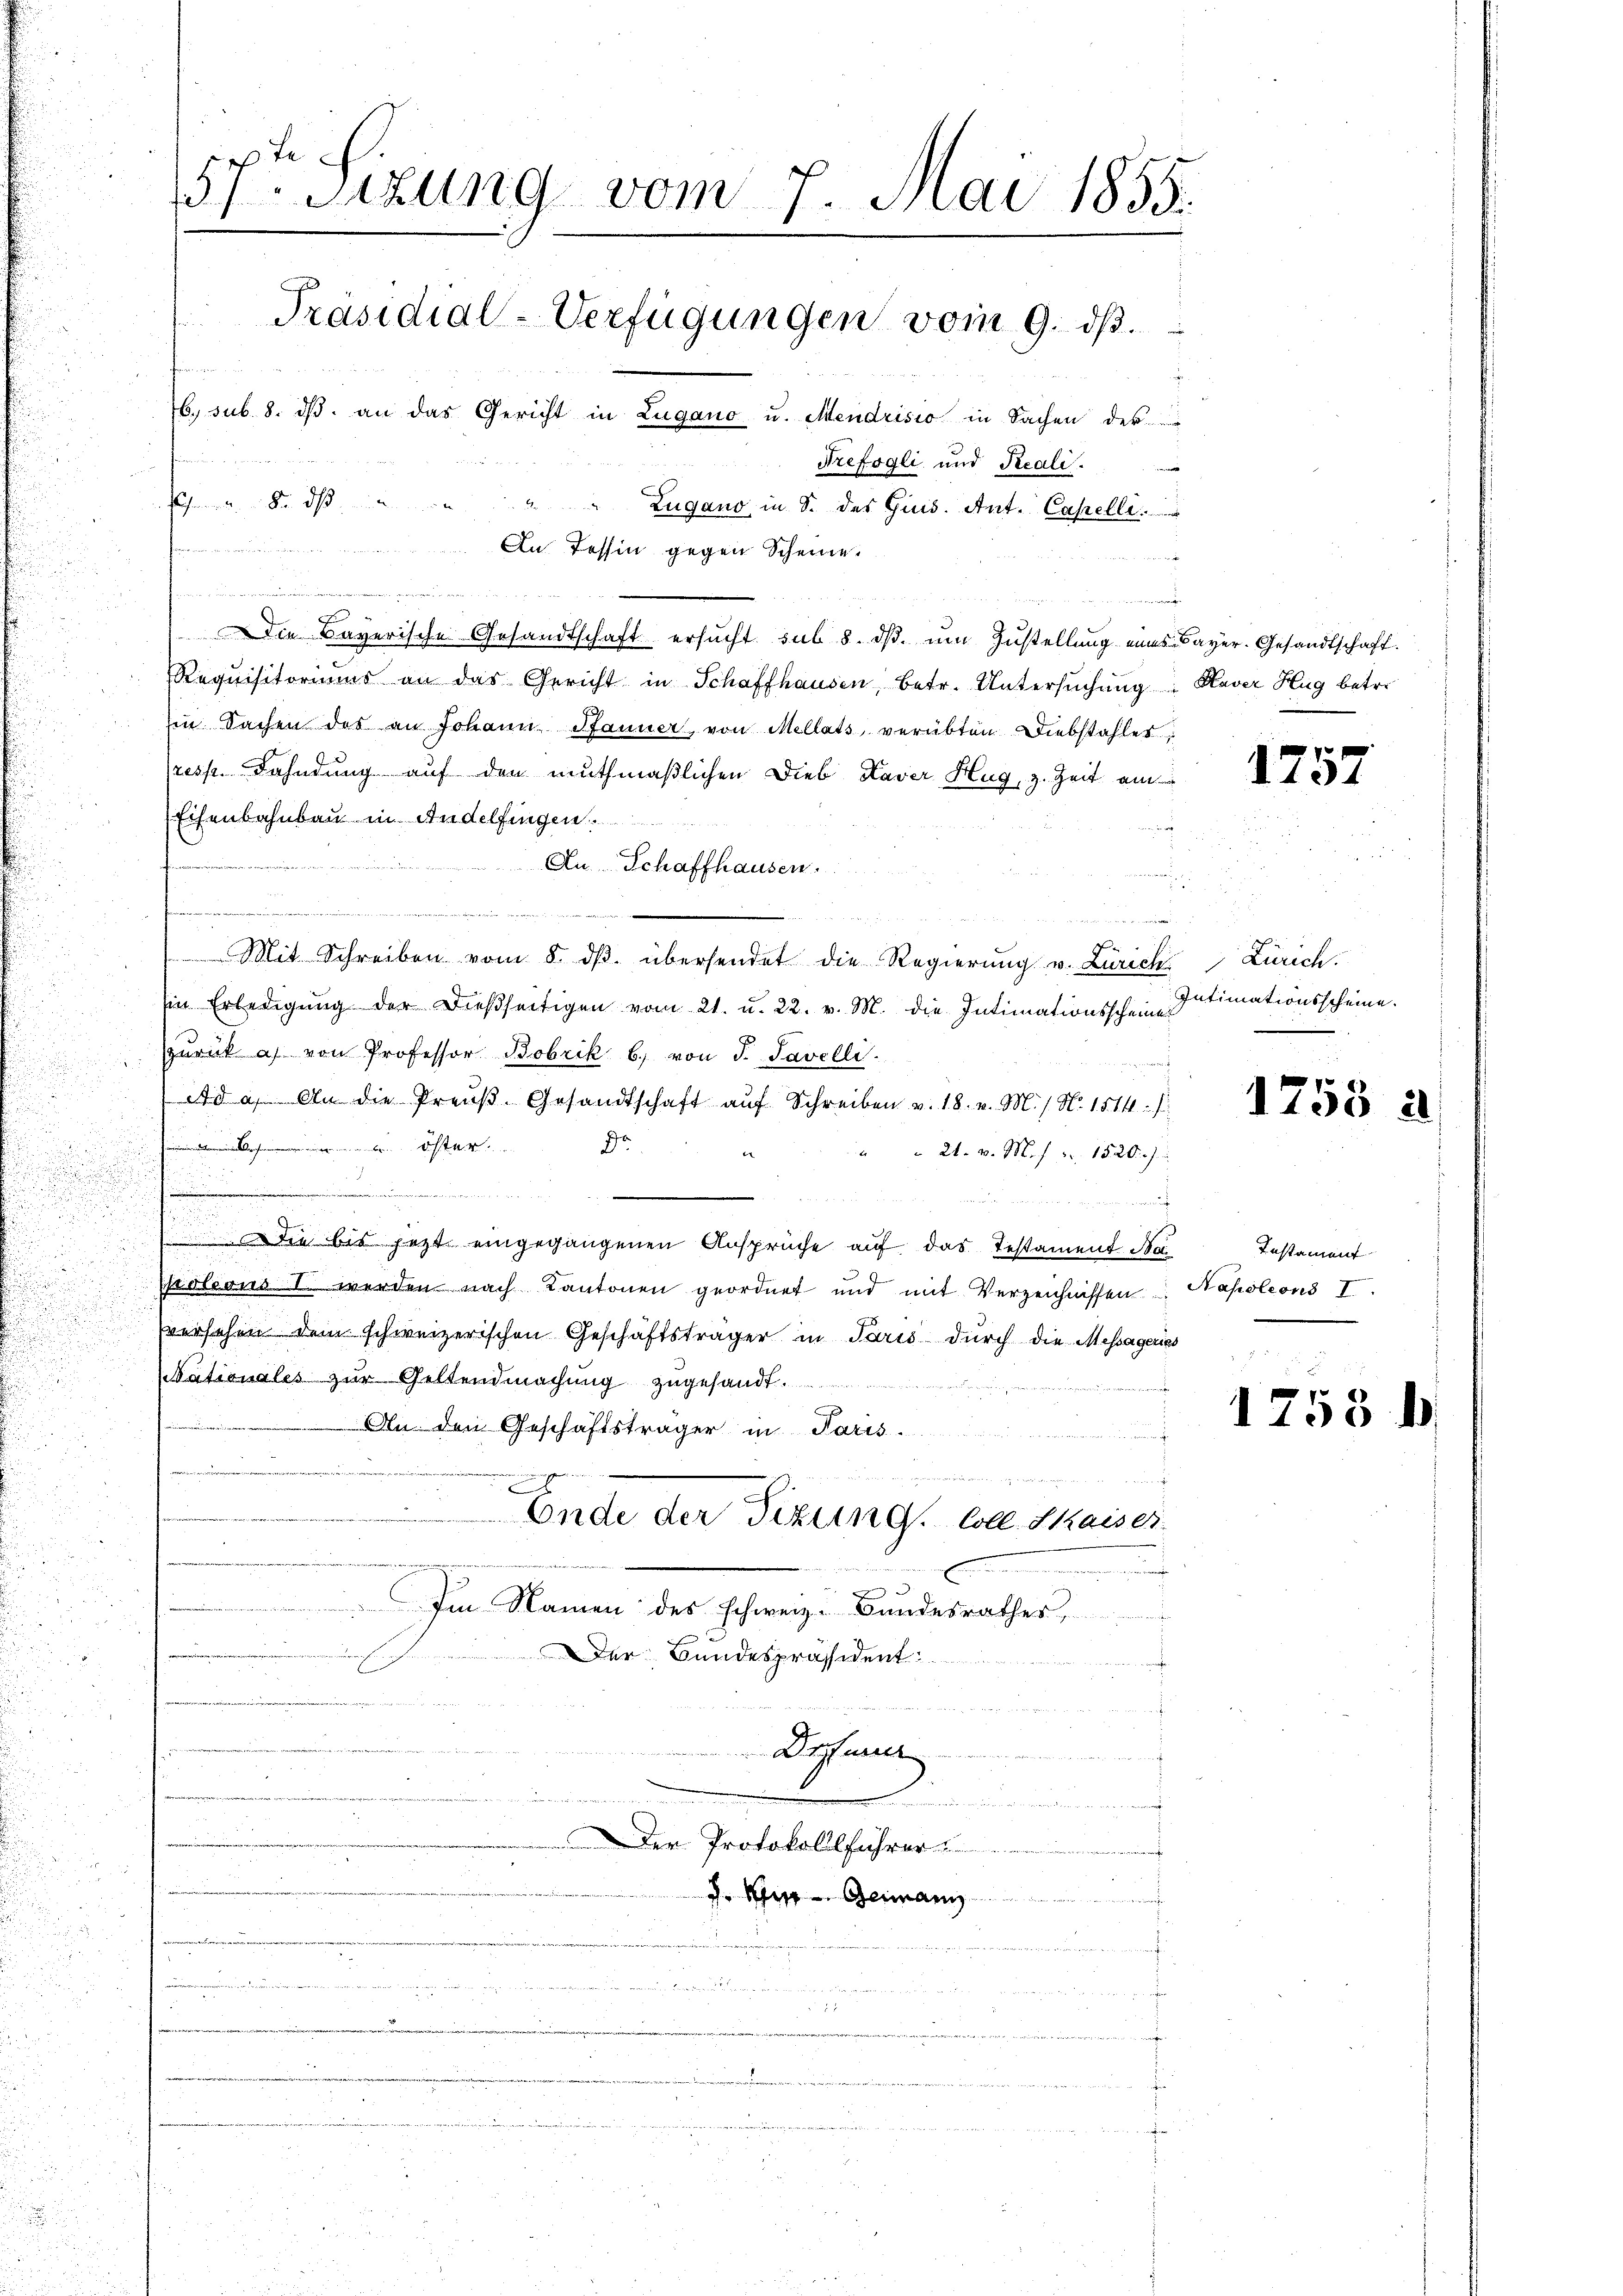
5ten Sizung vom 7. Mai 1855.
s
Präsidial-Verfügungen vom 9. ds.
n
6. sub. 8. dβ an das Gericht in Lugano u. Mendrisio in Sachen der

Trefogli und Reali.
e
Schnen. Da ds
Zugano, in S. des Gius. Ant. Capelli

In Tessin gegen Scheine.

Frau den einen
e
 die Bayerische Gesandtschaft ersucht sub 8. ds. um Zustellung eines Bayer. Gesandtschaft.
Requisitoriums an das Gericht in Schaffhausen, betr. Untersuchung : Haver Hug betre
in Sachen des an Johann Pfanner von Mellats, verübten Diebstahles,
(resp. Dahndung auf den muthmaßlichen Dieb Kaver Hug, z. Zeit ein
Eisenbahnbau in Andelfingen.
i
An Schaffhausen.
e

r
n
Mit Schreiben vom 8. dβ. übersendet die Regierung v. Zürich Zürich.
u
d
sie Erledigŭng der dießseitigen vom 21. u. 22. v. M. die Intimationsschein Intimationsscheine.
zŭrück a von Professor Bobrik b) von J. Savelli
Ad a. An die Preŭβ- Gesandtschaft aŭf Schreiben v. 18. v. M. / N. 1514. J
 ............. Öster
 21. v. M. pr. 1520.)
x
.
r
n
 Die bis jetzt eingegangenen Ansprüche auf das Testament Napoleons I. werden nach Kantonen geordnet und mit Verzeichnissen
versehen dem schweizerischen Geschäftsträger in Paris durch die Messageries
Nationales zur Geltendmachung zugesandt.
e
An den Geschäftsträger in Paris.
 Fenne
 erw
e

Ende der Sizung. Colle Skaises.
C
Im Namen des schweiz. Bundesrathes,
Der Bundespräsident
a
ehen Berner
Drsferir

u
Der Protokollführer
iis ein
a
en der inter hieranlage der
egessenen den und eben se
n
.
30
n die in der ge

1757

1758 a

Testament
Napoleons I

1758 b